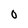
Character: O